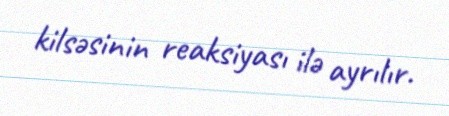
kilsəsinin reaksiyası ilə ayrılır.